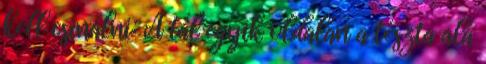
kell csinálni: A tál egyik oldalán a tészta alá